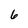
Character: 6